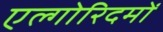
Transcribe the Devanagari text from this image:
एल्गोरिदमों